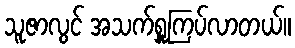
သူဇာလွင် အသက်ရှူကြပ်လာတယ်။